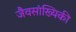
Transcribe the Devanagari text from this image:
जैवसांख्‍यिकी